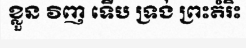
ខ្លួន វិញ ទើប ទ្រង់ ព្រះតំរិះ